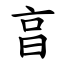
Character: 亯